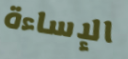
الإساءة